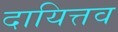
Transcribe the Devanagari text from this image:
दायित्तव